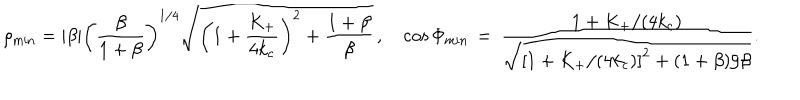
\rho _ { \mathrm { m i n } } = \vert \beta \vert \biggl ( \frac { \beta } { 1 + \beta } \biggr ) ^ { 1 / 4 } \sqrt { \biggl ( 1 + \frac { K _ { + } } { 4 k _ { \mathrm { c } } } \biggr ) ^ { 2 } + \frac { 1 + \beta } { \beta } } \, , \quad \cos \Phi _ { \mathrm { m i n } } \, = \, \frac { 1 + K _ { + } / ( 4 k _ { \mathrm { c } } ) } { \sqrt { \left[ 1 + K _ { + } / ( 4 k _ { \mathrm { c } } ) \right] ^ { 2 } + ( 1 + \beta ) / \beta } } .